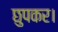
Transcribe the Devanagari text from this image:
छुपकर।